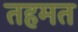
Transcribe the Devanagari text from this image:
तहमत